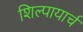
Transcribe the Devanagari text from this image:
शिल्पायार्च